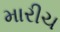
મારીચ